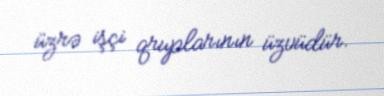
üzrə işçi qruplarının üzvüdür.